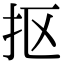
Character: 抠